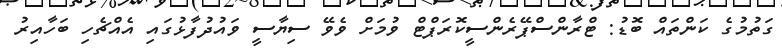
ގަތުމުގެ ކަންތައް ބޮޑު: ޓްރާންސްޕޭރެންސީކޮރަޕްޓް ވުމަށް ވެވޭ ސިޔާސީ ވައުދުފާޅުގައި އެއްޗެހި ބަހާއިރު